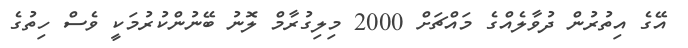
އޭގެ އިތުރުން ދުވާލެއްގެ މައްޗަށް 2000 މިލިގުރާމް ލޮނު ބޭނުންކުރުމަކީ ވެސް ހިތުގެ